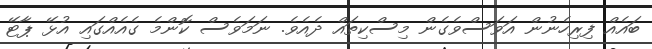
ބައެއް ފިރިހެނުން އަވަސްވެގެން މިސްކިތައް ދެއެވެ. ނަމަވެސް ކޮންމެ ގެއެއްގައި އުޅޭ ޕާޓޭ